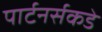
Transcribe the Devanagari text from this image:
पार्टनर्सकडे